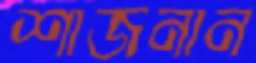
শাজনান